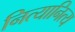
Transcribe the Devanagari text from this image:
नित्यानित्य